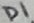
Text: D1